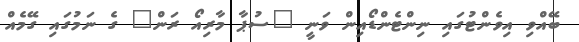
ބޭއްވި އިވެންޓުގައި ނިންޓެންޑޯއިން ވަނީ "ސުޕާ މާރިއޯ ރަން" ގެ ނަމުގައި ގޭމެއް